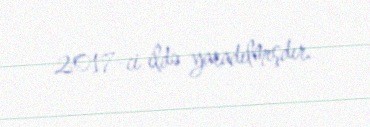
2017-ci ildə yaradılmışdır.